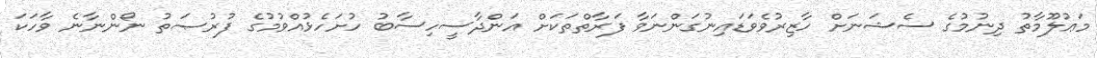
މަޢުލޫމާތު ދިނުމުގެ ސެޝަނަށް ހާޒިރުވެވަޑައިނުގަންނަވާ ފަރާތްތަކަށް އަންދާސީހިސާބު ހުށަހެޅުއްވުމުގެ ފުރުޞަތު ނޯންނާނެ ވާހަކަ